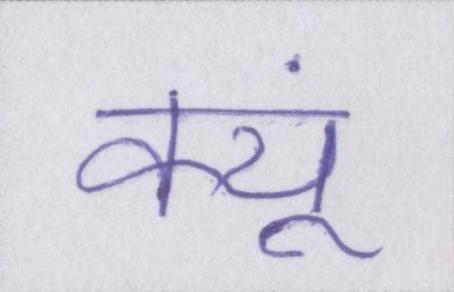
क्यूं